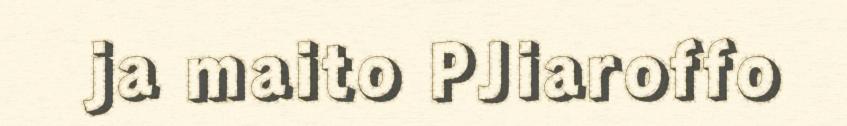
ja maito PJiaroffo